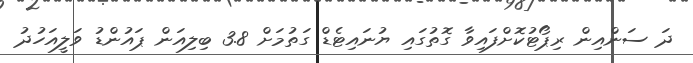
ދަ ސަންއިން ރިޕޯޓުކޮށްފައިވާ ގޮތުގައި ޔުނައިޓެޑް ގަތުމަށް 3.8 ބިލިއަން ޕައުންޑު ވަލީއަހުދު